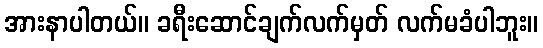
အားနာပါတယ်။ ခရီးဆောင်ချက်လက်မှတ် လက်မခံပါဘူး။